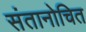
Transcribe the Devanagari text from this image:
संतानोचित